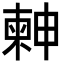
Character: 𣍃